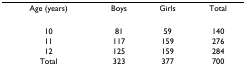
<table><thead><tr><td><b>Age (years)</b></td><td><b>Boys</b></td><td><b>Girls</b></td><td><b>Total</b></td></tr></thead><tbody><tr><td>10</td><td>81</td><td>59</td><td>140</td></tr><tr><td>11</td><td>117</td><td>159</td><td>276</td></tr><tr><td>12</td><td>125</td><td>159</td><td>284</td></tr><tr><td>Total</td><td>323</td><td>377</td><td>700</td></tr></tbody></table>